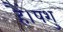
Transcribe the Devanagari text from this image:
हैं।पशु